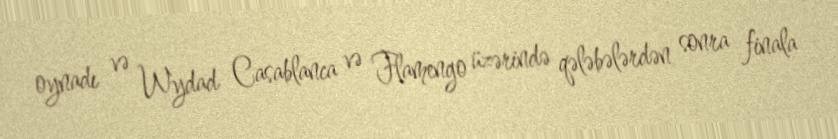
oynadı və Wydad Casablanca və Flamengo üzərində qələbələrdən sonra finala